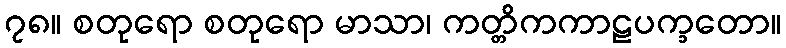
၇၈။ စတုရော စတုရော မာသာ၊ ကတ္တိကကာဠပက္ခတော။